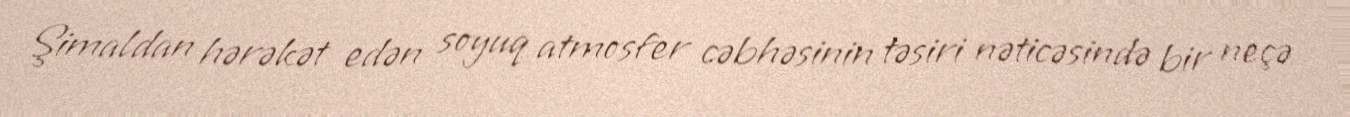
Şimaldan hərəkət edən soyuq atmosfer cəbhəsinin təsiri nəticəsində bir neçə